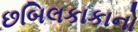
છબિલકાકાનો